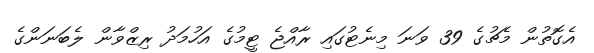
އެގޮތުން މެޗުގެ 39 ވަނަ މިނެޓުގައި ރާއްޖެ ޓީމުގެ އަހުމަދު ރިޒްވާން ލެބަނަންގެ